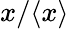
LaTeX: x/\langle x\rangle